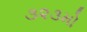
૩૨૩મો